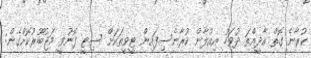
ކުރާނެ ގޮތް އާދީއްތަ ދުވަހު އިއުލާން ކުރާނެސިފައިން ޓީވީތަކަށް ސިޓީ ފޮނުވީ މަޖުބޫރުކޮށްގެން: